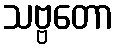
သဗ္ဗတော